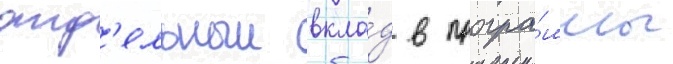
отд'ельныи вкла́д в програ́ммы